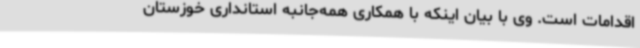
اقدامات است. وی با بیان اینکه با همکاری همه‌جانبه استانداری خوزستان